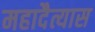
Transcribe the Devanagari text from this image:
महादैत्यास